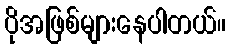
ပိုအဖြစ်များနေပါတယ်။